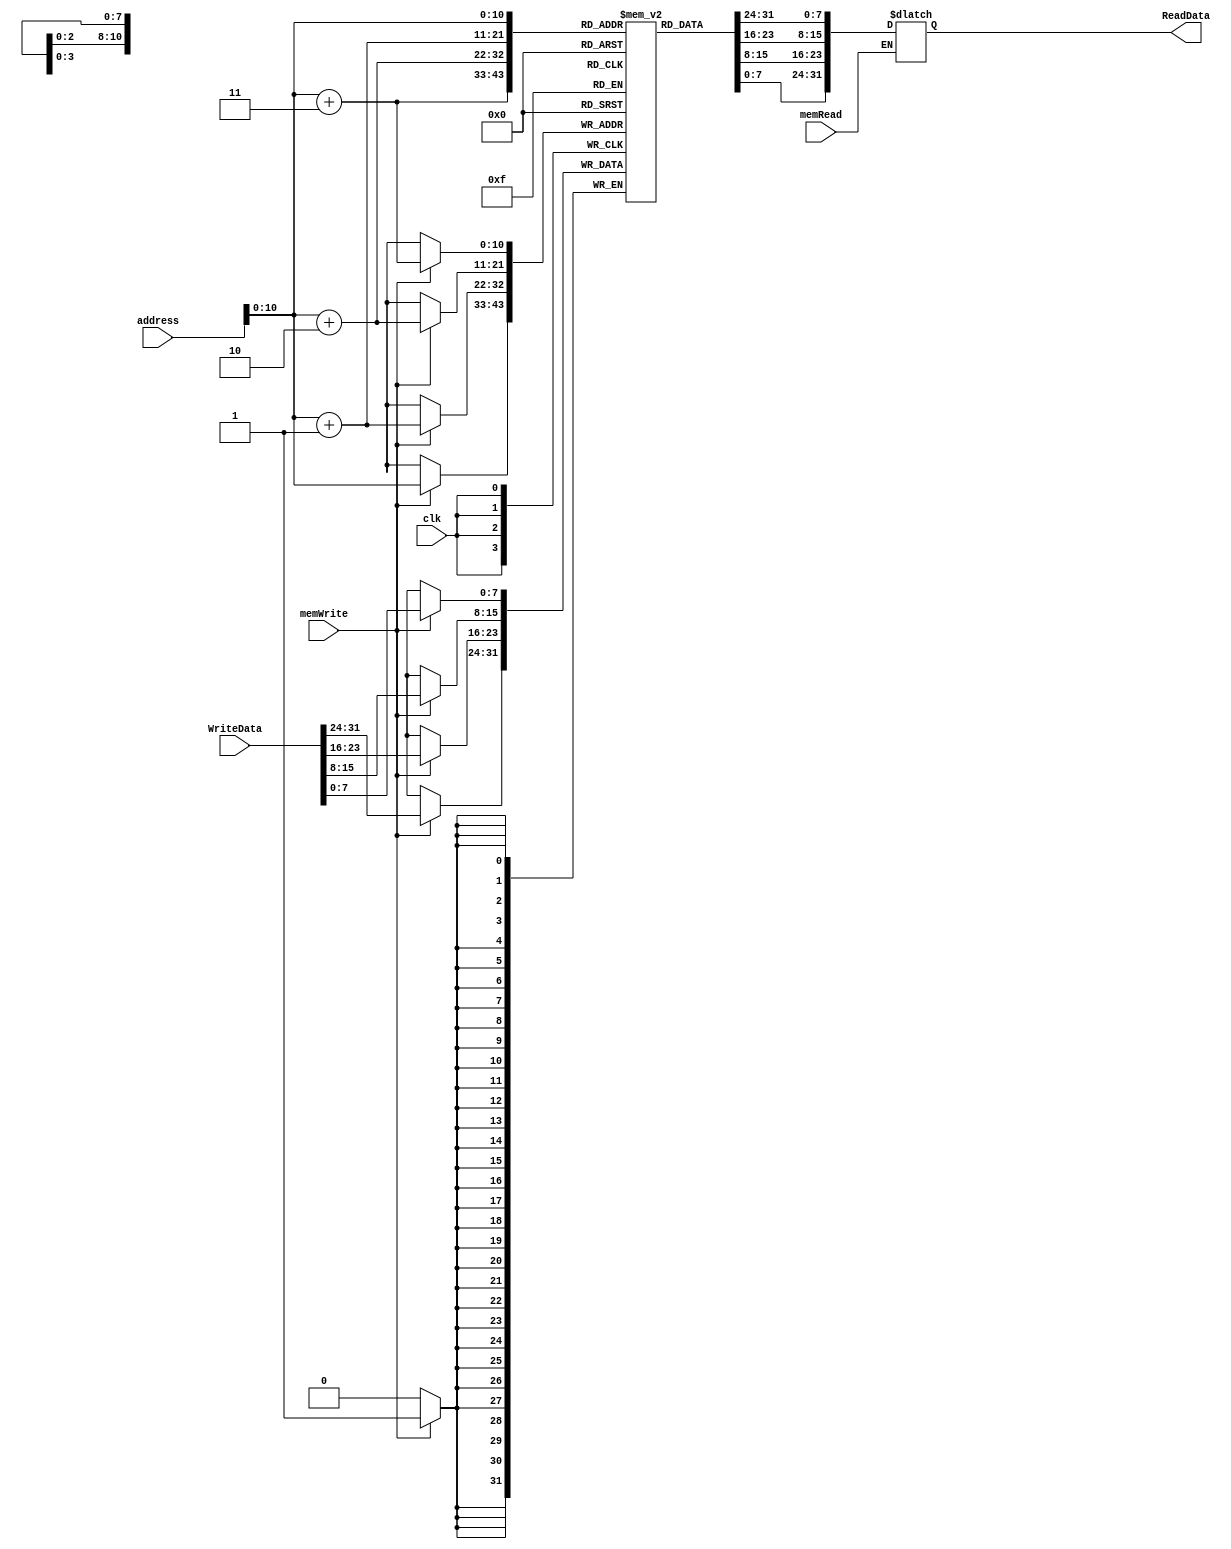
module memory #(parameter SIZE = 32) (
	input clk, memRead, memWrite,
	input [SIZE-1:0] address, 
	input [SIZE-1:0] WriteData, 
	output reg [SIZE-1:0] ReadData);
	
	reg [SIZE/4-1:0] Mem [0:2000] ; 
	
	initial begin
	{Mem[0],Mem[1],Mem[2],Mem[3]} = {32'd9};
	{Mem[4],Mem[5],Mem[6],Mem[7]} = {32'd8};
	{Mem[8],Mem[9],Mem[10],Mem[11]} = {32'd7};
	{Mem[12],Mem[13],Mem[14],Mem[15]} = {32'd6};
	{Mem[16],Mem[17],Mem[18],Mem[19]} = {32'd5};
	{Mem[20],Mem[21],Mem[22],Mem[23]} = {32'd4};
	{Mem[24],Mem[25],Mem[26],Mem[27]} = {32'd3};
	{Mem[28],Mem[29],Mem[30],Mem[31]} = {32'd8};
	{Mem[32],Mem[33],Mem[34],Mem[35]} = {32'd9};
	{Mem[36],Mem[37],Mem[38],Mem[39]} = {32'd10};
	{Mem[40],Mem[41],Mem[42],Mem[43]} = {32'd57};
	{Mem[44],Mem[45],Mem[46],Mem[47]} = {32'd23};
	{Mem[48],Mem[49],Mem[50],Mem[51]} = {32'd0};
	{Mem[52],Mem[53],Mem[54],Mem[55]} = {32'd13};
	{Mem[56],Mem[57],Mem[58],Mem[59]} = {32'd9};
	{Mem[60],Mem[61],Mem[62],Mem[63]} = {32'd10};
	{Mem[64],Mem[65],Mem[66],Mem[67]} = {32'd11};
	{Mem[68],Mem[69],Mem[70],Mem[71]} = {32'd18};
	{Mem[72],Mem[73],Mem[74],Mem[75]} = {32'd33};
	{Mem[76],Mem[77],Mem[78],Mem[79]} = {32'd32};
  end
	
	always @(memRead, address) begin 
		if(memRead) ReadData = { Mem[address], Mem[address+1], Mem[address+2], Mem[address+3]};
	end 
	
	always @(posedge clk) begin 
		if(memWrite) { Mem[address], Mem[address+1], Mem[address+2], Mem[address+3]} <= WriteData;
	end 
endmodule